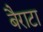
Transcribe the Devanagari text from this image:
बैराटा